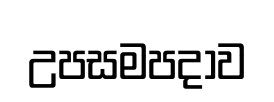
උපසමපදාව